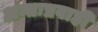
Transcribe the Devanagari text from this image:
अन्तःप्रवाही